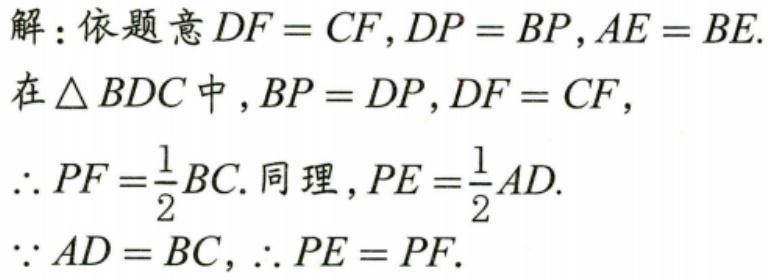
解：依题意\(DF = CF\)，\(DP = BP\)，\(AE = BE\).
在\(\triangle BDC\)中，\(BP = DP\)，\(DF = CF\)，
\(\therefore PF=\frac{1}{2}BC\). 同理，\(PE=\frac{1}{2}AD\).
\(\because AD = BC\)，\(\therefore PE = PF\).